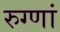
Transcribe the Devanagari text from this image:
रुग्णां